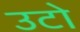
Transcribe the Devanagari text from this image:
उटो